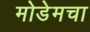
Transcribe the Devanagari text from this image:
मोडेमचा